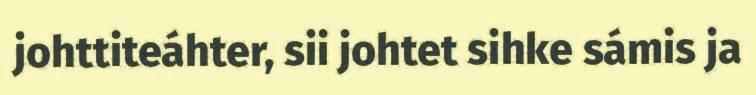
johttiteáhter, sii johtet sihke sámis ja